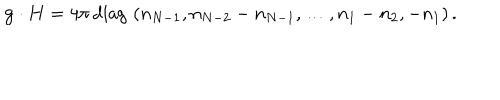
LaTeX: { \bf g } \cdot { \bf H } = { 4 \pi } \, \mathrm { d i a g } \, \, ( n _ { N - 1 } , n _ { N - 2 } - n _ { N - 1 } , \dots , n _ { 1 } - n _ { 2 } , - n _ { 1 } ) \, .